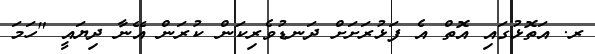
ރ. އަތޮޅުގައި އޮތް އެ ފަޅުރަށަށް ދަނޑުވެރިކަން ކުރަން އޭނާ ދިޔައީ "ހަމަ